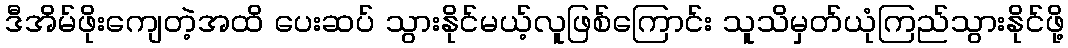
ဒီအိမ်ဖိုးကျေတဲ့အထိ ပေးဆပ် သွားနိုင်မယ့်လူဖြစ်ကြောင်း သူသိမှတ်ယုံကြည်သွားနိုင်ဖို့